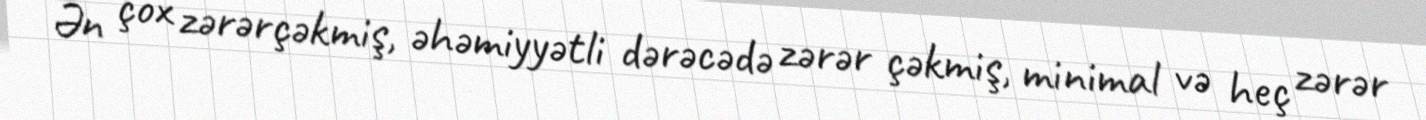
Ən çox zərərçəkmiş, əhəmiyyətli dərəcədə zərər çəkmiş, minimal və heç zərər